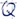
Text: Q